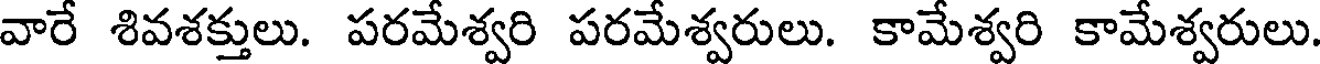
వారే శివశక్తులు. పరమేశ్వరి పరమేశ్వరులు. కామేశ్వరి కామేశ్వరులు.